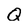
Character: Q